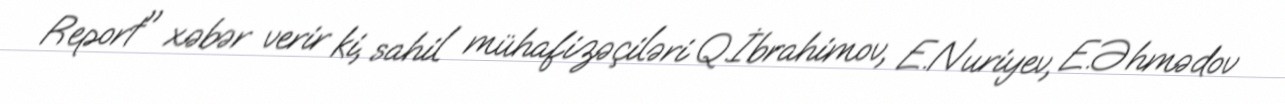
Report" xəbər verir ki, sahil mühafizəçiləri Q.İbrahimov, E.Nuriyev, E.Əhmədov